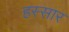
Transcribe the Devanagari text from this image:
हस्सार